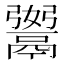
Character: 𩱆